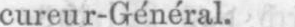
cureur-Général.